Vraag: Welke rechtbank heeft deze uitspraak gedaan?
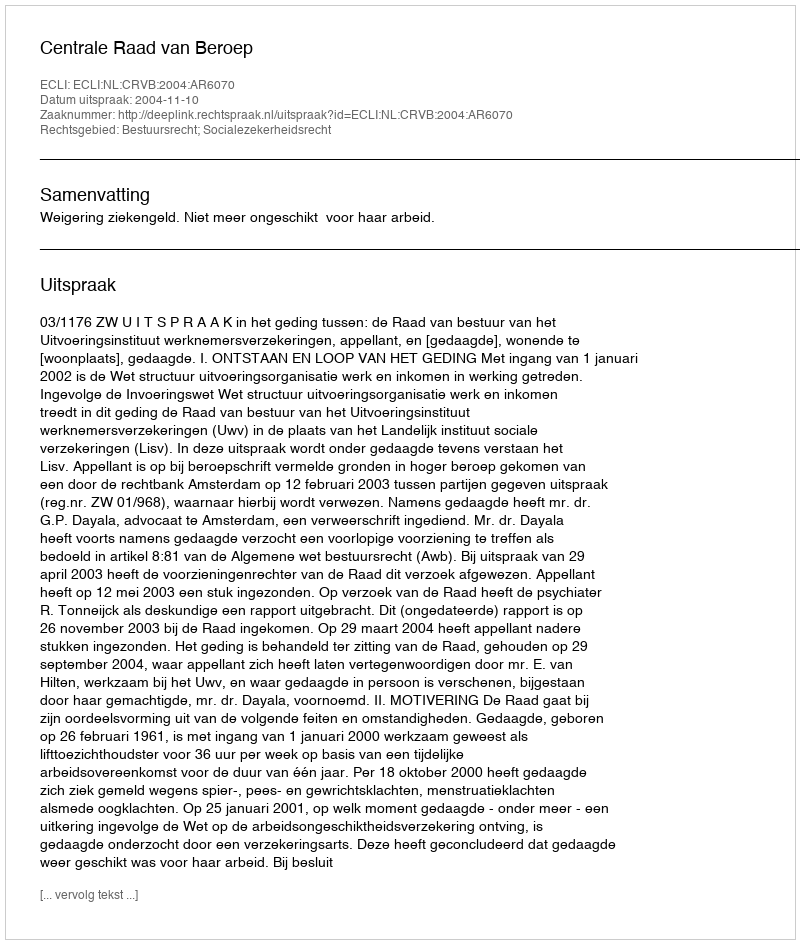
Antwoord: Centrale Raad van Beroep